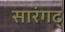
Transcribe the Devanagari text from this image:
सारंगढ्